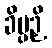
ခိပ္ပဉှိ